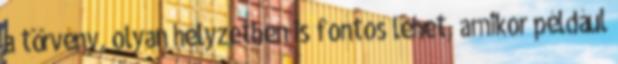
a törvény, olyan helyzetben is fontos lehet, amikor például